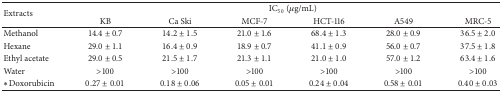
<table><thead><tr><td rowspan="2"><b>Extracts</b></td><td colspan="6"><b>IC<sub>50</sub> (<i>μ</i>g/mL)</b></td></tr><tr><td><b>KB</b></td><td><b>Ca Ski</b></td><td><b>MCF-7</b></td><td><b>HCT-116</b></td><td><b>A549</b></td><td><b>MRC-5</b></td></tr></thead><tbody><tr><td>Methanol</td><td>14.4 ± 0.7</td><td>14.2 ± 1.5</td><td>21.0 ± 1.6</td><td>68.4 ± 1.3</td><td>28.0 ± 0.9</td><td>36.5 ± 2.0</td></tr><tr><td>Hexane</td><td>29.0 ± 1.1</td><td>16.4 ± 0.9</td><td>18.9 ± 0.7</td><td>41.1 ± 0.9</td><td>56.0 ± 0.7</td><td>37.5 ± 1.8</td></tr><tr><td>Ethyl acetate</td><td>29.0 ± 0.5</td><td>21.5 ± 1.7</td><td>21.3 ± 1.1</td><td>21.0 ± 1.0</td><td>57.0 ± 1.2</td><td>63.4 ± 1.6</td></tr><tr><td>Water</td><td>&gt;100</td><td>&gt;100</td><td>&gt;100</td><td>&gt;100</td><td>&gt;100</td><td>&gt;100</td></tr><tr><td>∗Doxorubicin</td><td>0.27 ± 0.01</td><td>0.18 ± 0.06</td><td>0.05 ± 0.01</td><td>0.24 ± 0.04</td><td>0.58 ± 0.01</td><td>0.40 ± 0.03</td></tr></tbody></table>